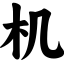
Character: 机